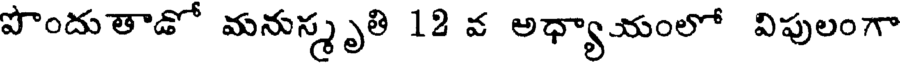
పొందుతాడో మనుస్మృతి 12 వ అధ్యాయంలో విపులంగా